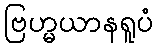
ဗြဟ္မယာနရူပံ